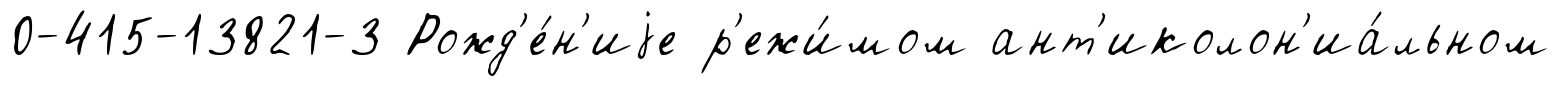
0-415-13821-3 Рожд'е́н'иjе р'ежи́мом ант'иколон'иа́льном